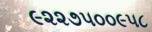
૯૨૨૭૫૦૦૯૫૮